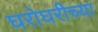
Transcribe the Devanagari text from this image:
घरोघरीच्या